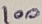
Text: 100